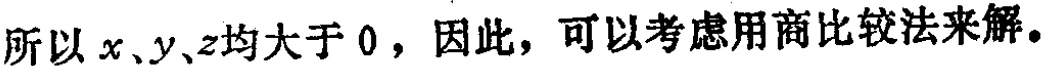
所以\(x、y、z\)均大于 \(0\)，因此，可以考虑用商比较法来解。